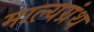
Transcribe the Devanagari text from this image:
माल्यग्रंथ